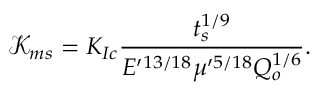
\mathcal { K } _ { m s } = K _ { I c } \frac { t _ { s } ^ { 1 / 9 } } { E ^ { \prime 1 3 / 1 8 } \mu ^ { \prime 5 / 1 8 } Q _ { o } ^ { 1 / 6 } } .